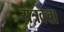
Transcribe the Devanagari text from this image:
यंत्रवेत्ता